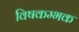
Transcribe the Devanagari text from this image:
विषकम्भक